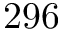
2 9 6